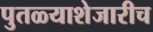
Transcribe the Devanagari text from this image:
पुतळ्याशेजारीच